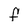
Character: F